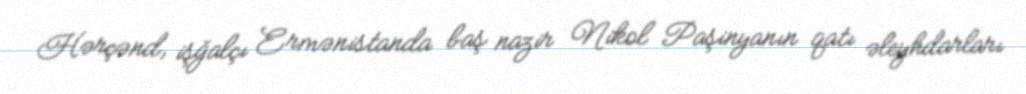
Hərçənd, işğalçı Ermənistanda baş nazir Nikol Paşinyanın qatı əleyhdarları